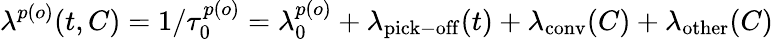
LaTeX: \lambda^{p(o)}(t,C)=1/\tau_{0}^{p(o)}=\lambda_{0}^{p(o)}+\lambda_{\mathrm{pick-off}}(t)+\lambda_{\mathrm{conv}}(C)+\lambda_{\mathrm{other}}(C)